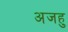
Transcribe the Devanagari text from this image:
अजहु